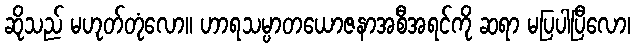
ဆိုသည် မဟုတ်တုံလော။ ဟာရသမ္ပာတယောဇနာအစီအရင်ကို ဆရာ မပြပါပြီလော၊